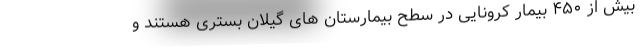
بیش از ۴۵۰ بیمار کرونایی در سطح بیمارستان های گیلان بستری هستند و